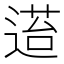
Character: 𬨴